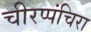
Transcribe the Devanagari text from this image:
चीरप्पंचिरा